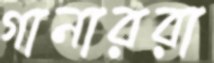
গানাররা